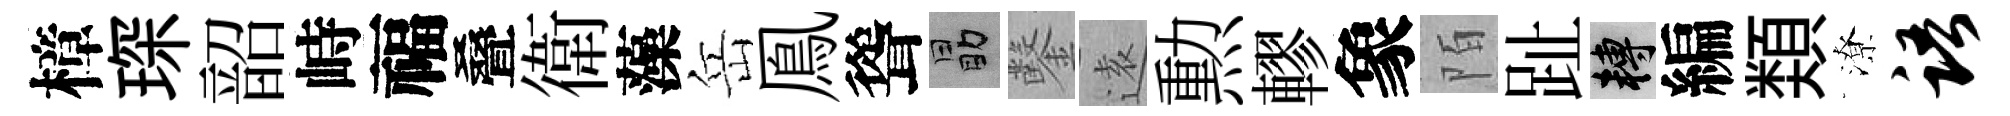
樟琛韶峙福叠衛藻岳鳯聳勗鑿逺勲轇象陌趾轉編𩔖潦语